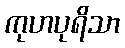
ကုဟပုရိသာ